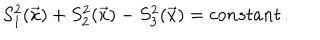
LaTeX: S _ { 1 } ^ { 2 } ( \vec { x } ) + S _ { 2 } ^ { 2 } ( \vec { x } ) - S _ { 3 } ^ { 2 } ( \vec { x } ) = c o n s t a n t \, .